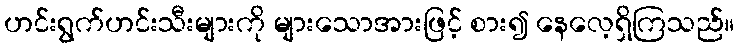
ဟင်းရွက်ဟင်းသီးများကို များသောအားဖြင့် စား၍ နေလေ့ရှိကြသည်။